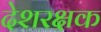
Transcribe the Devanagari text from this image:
देशरक्षक